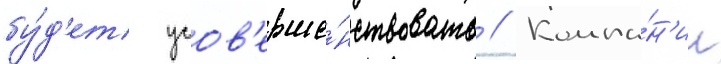
бу́д'ет усов'ерше́нствовать // Компа́н'ии